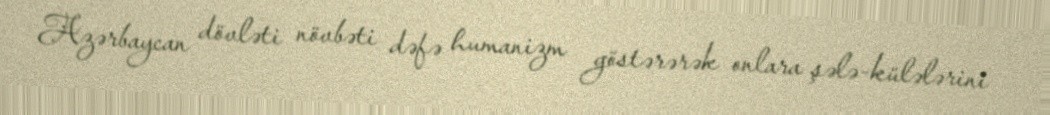
Azərbaycan dövləti növbəti dəfə humanizm göstərərək onlara şələ-külələrini